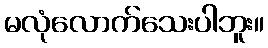
မလုံလောက်သေးပါဘူး။